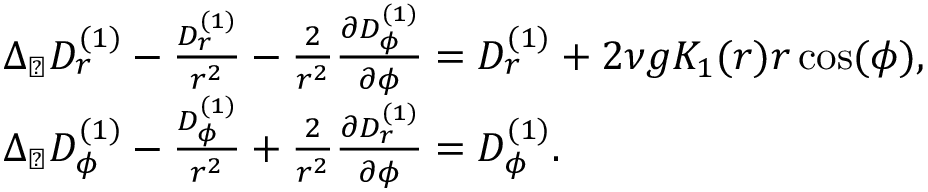
\begin{array} { r l } & { \Delta _ { \perp } D _ { r } ^ { ( 1 ) } - \frac { D _ { r } ^ { ( 1 ) } } { r ^ { 2 } } - \frac { 2 } { r ^ { 2 } } \frac { \partial D _ { \phi } ^ { ( 1 ) } } { \partial \phi } = D _ { r } ^ { ( 1 ) } + 2 \nu g K _ { 1 } ( r ) r \cos ( \phi ) , } \\ & { \Delta _ { \perp } D _ { \phi } ^ { ( 1 ) } - \frac { D _ { \phi } ^ { ( 1 ) } } { r ^ { 2 } } + \frac { 2 } { r ^ { 2 } } \frac { \partial D _ { r } ^ { ( 1 ) } } { \partial \phi } = D _ { \phi } ^ { ( 1 ) } . } \end{array}